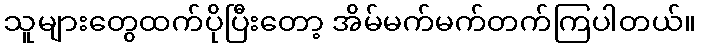
သူများတွေထက်ပိုပြီးတော့ အိမ်မက်မက်တက်ကြပါတယ်။